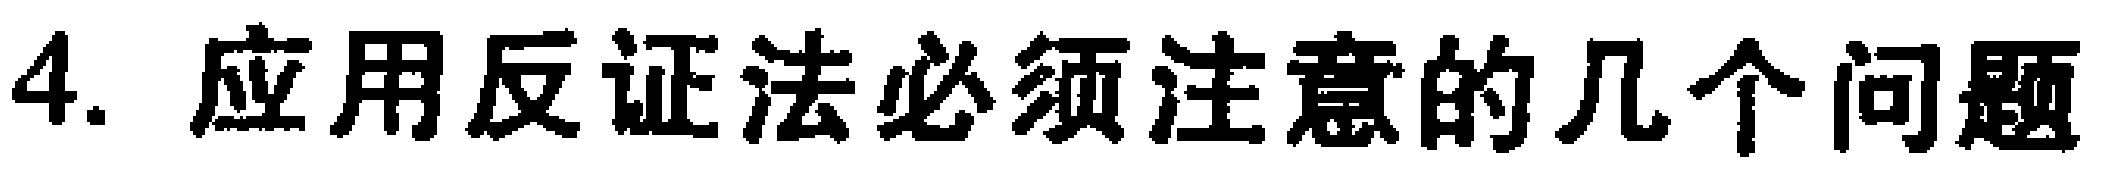
4. 应用反证法必须注意的几个问题